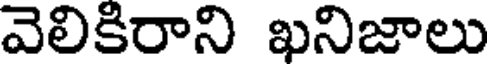
వెలికిరాని ఖనిజాలు